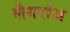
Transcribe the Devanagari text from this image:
लैगरांज